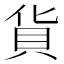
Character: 貨